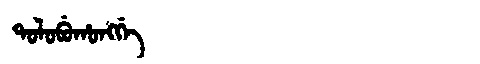
Manchu: ᡨᠣᠯᠣᠪᡠᡥᠣᠩᡤᡝ
Romanization: TOLOBUHONGGE